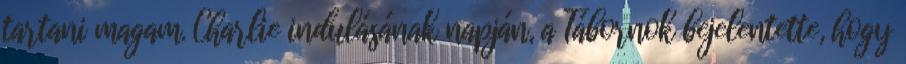
tartani magam. Charlie indulásának napján, a Tábornok bejelentette, hogy